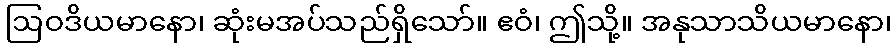
ဩဝဒိယမာနော၊ ဆုံးမအပ်သည်ရှိသော်။ ဧဝံ၊ ဤသို့။ အနုသာသိယမာနော၊